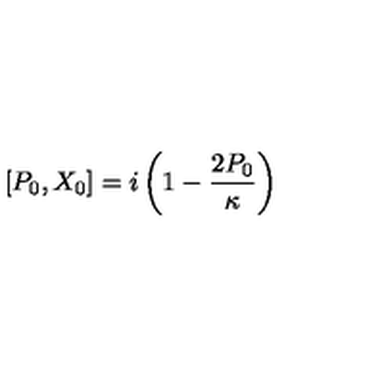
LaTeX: [ P _ { 0 } , X _ { 0 } ] = i \left( 1 - \frac { 2 P _ { 0 } } \kappa \right)